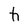
Character: h